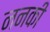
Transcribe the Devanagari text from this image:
ननकी